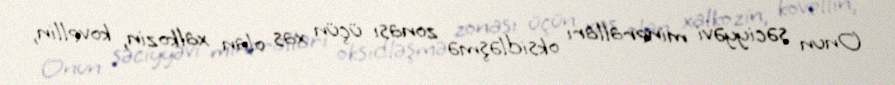
Onun səciyyəvi mineralları oksidləşmə zonası üçün xas olan xalkozin, kovellin,